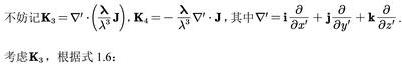
不妨记 $\mathbf{K}_{3}=\nabla'\left(\frac{\lambda}{\lambda^{2}} \mathbf{J}\right), \mathbf{K}_{4}=-\frac{\lambda}{\lambda^{2}} \nabla' \cdot \mathbf{J}$ , 其中 $\nabla'=\mathbf{i} \frac{\partial}{\partial x'}+\mathbf{j} \frac{\partial}{\partial y'}+\mathbf{k} \frac{\partial}{\partial z'}$ . 考虑 $\mathbf{K}_{3}$ , 根据式 1.6: